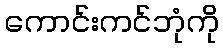
ကောင်းကင်ဘုံကို